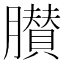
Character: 𦢤